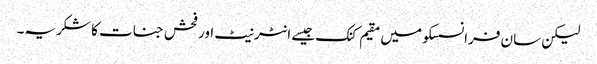
لیکن سان فرانسسکو میں مقیم کنک جیسے انٹرنیٹ اور فحش جنات کا شکریہ۔